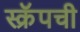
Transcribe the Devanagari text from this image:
स्क्रॅपची